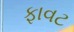
ફાવટ